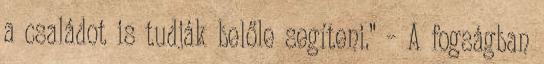
a családot is tudják belőle segíteni.” – A fogságban